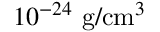
1 0 ^ { - 2 4 } ~ \mathrm { g / c m } ^ { 3 }